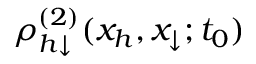
\rho _ { h \downarrow } ^ { ( 2 ) } ( x _ { h } , x _ { \downarrow } ; t _ { 0 } )